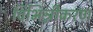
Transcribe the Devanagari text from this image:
विभिन्नीकरण